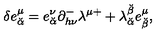
\delta e _ { \breve { \alpha } } ^ { \mu } = e _ { \breve { \alpha } } ^ { \nu } \partial _ { h \nu } ^ { - } \lambda ^ { \mu + } + \lambda _ { \breve { \alpha } } ^ { \breve { \beta } } e _ { \breve { \beta } } ^ { \mu } ,